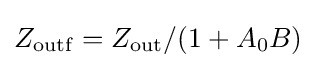
Z_{\mathrm {outf} }=Z_{\mathrm {out} }/(1+A_{0}B)